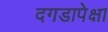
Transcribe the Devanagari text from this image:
दगडापेक्षा